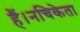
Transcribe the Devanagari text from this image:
हैं।नचिकेता